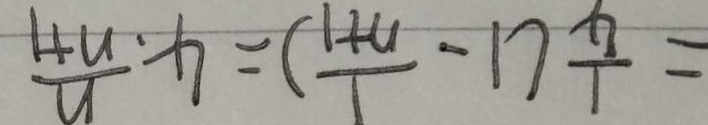
= \frac { 1 } { 4 } ( 1 - \frac { 1 } { n + 1 } ) = 4 . \frac { n } { n + 1 }